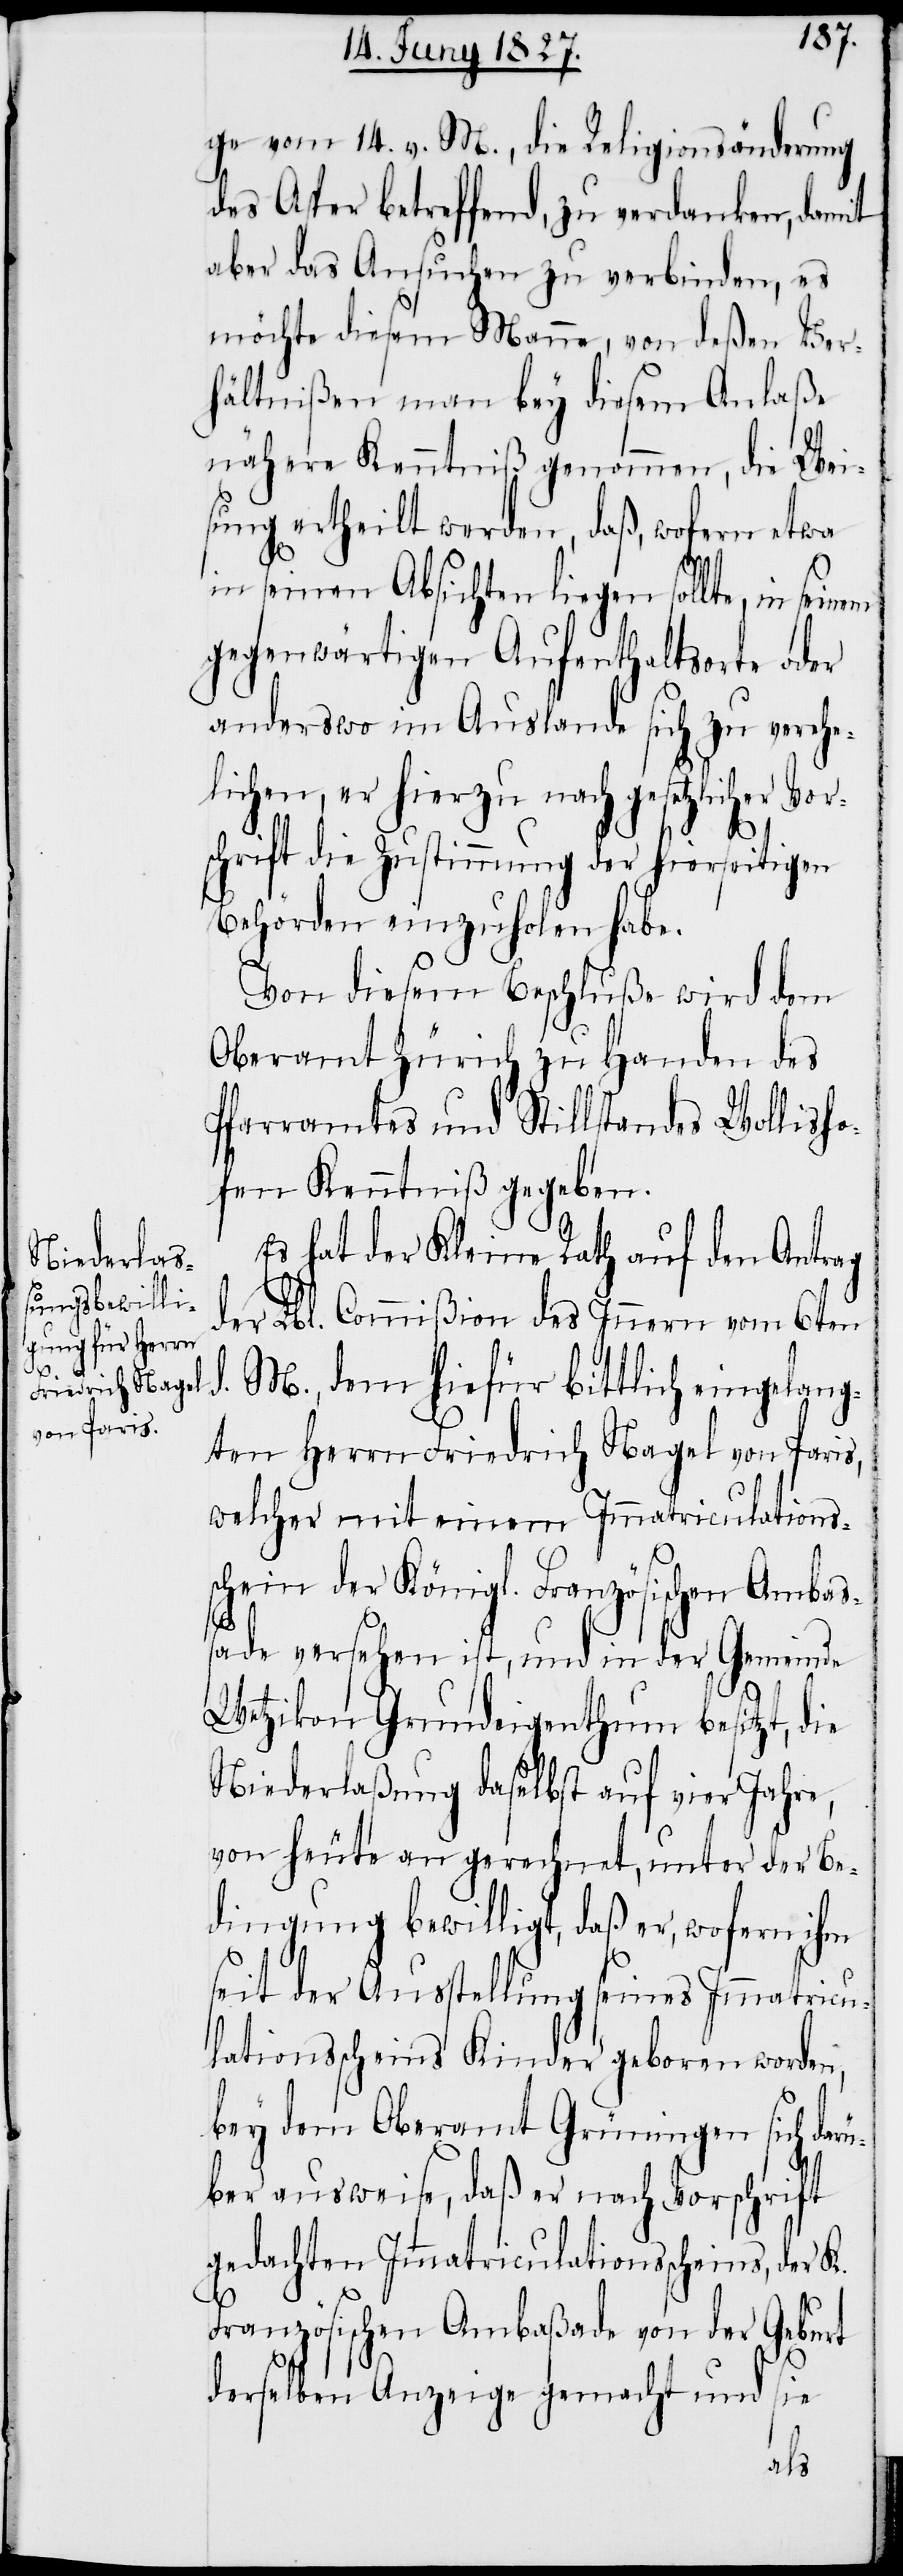
ge vom 14. v. M., die Religionsänderung
des Asper betreffend, zu verdanken, damit
aber das Ansuchen zu verbinden, es
möchte diesem Manne, von deßen Ver¬
hältnißen man bey diesem Anlaße
nähere Kenntniß genommen, die Wei¬
sung ertheilt werden, daß, wofern etwa
in seinen Absichten liegen sollte, in
gegenwärtigen Aufenthaltsorte oder
anderswo im Auslande sich zu verehe¬
lichen, er hierzu nach gesetzlicher Vor¬
schrift die Zustimmung der hierseitigen
Behörden einzuholen habe.
Von diesem Beschluße wird dem
Pfarramtes und Stillstandes Wollisho¬
fen Kenntniß gegeben.
Es hat der Kleine Rath auf den Antrag
der Lbl. Commißion des Innern vom 6ten
d.
M., dem hiefür bittlich eingelang¬
ten Herrn Friedrich Nagel von Paris,
welcher mit einem Immatriculations¬
schein der Königl. Französischen Ambas¬
sade versehen ist, und in der Gemeinde
Wetzikon Grundeigenthum besitzt, die
Niederlaßung daselbst auf vier Jahre,
von heute an gerechnet, unter der Be¬
dingung bewilligt, daß er, wofern ihm
seit der Ausstellung seines Immatricu¬
lationsscheins Kinder geboren worden,
bey dem Oberamt Grüningen sich dar¬
über ausweise, daß er nach Vorschrift
gedachten Immatriculationsscheins, der
Französischen Ambaßade von der Geburt
derselben Anzeige gemacht und sie
des